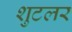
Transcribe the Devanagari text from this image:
शुटलर